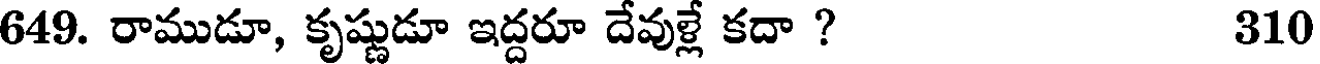
649. రాముడూ, కృష్ణుడూ ఇద్దరూ దేవుళ్లే కదా ? 310